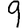
Digit: 9